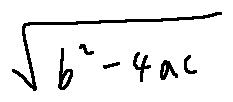
\sqrt { b ^ { 2 } - 4 a c }